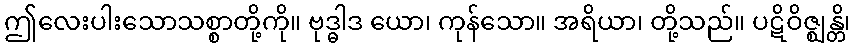
ဤလေးပါးသောသစ္စာတို့ကို။ ဗုဒ္ဓါဒ ယော၊ ကုန်သော။ အရိယာ၊ တို့သည်။ ပဋိဝိဇ္ဈန္တိ၊